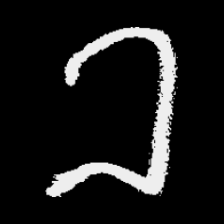
Pyu character \u2014 Myanmar letter: ခ (romanized: kha)